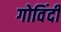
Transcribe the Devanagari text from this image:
गोविंदी